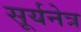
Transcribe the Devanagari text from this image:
सूर्यनेत्र